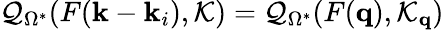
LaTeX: \mathcal{Q}_{\Omega^{*}}(F(\mathbf{k}-\mathbf{k}_{i}),\mathcal{K})=\mathcal{Q}_{\Omega^{*}}(F(\mathbf{q}),\mathcal{K}_{\mathbf{q}})